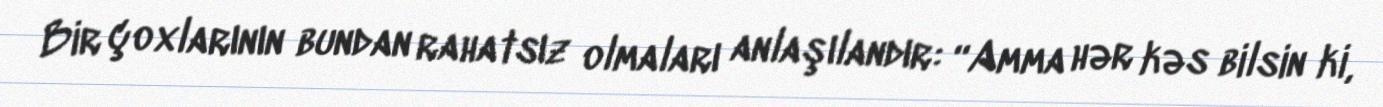
Bir çoxlarının bundan rahatsız olmaları anlaşılandır: “Amma hər kəs bilsin ki,